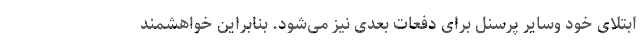
ابتلای خود وسایر پرسنل برای دفعات بعدی نیز می‌شود. بنابراین خواهشمند